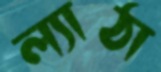
ল্যাঠা